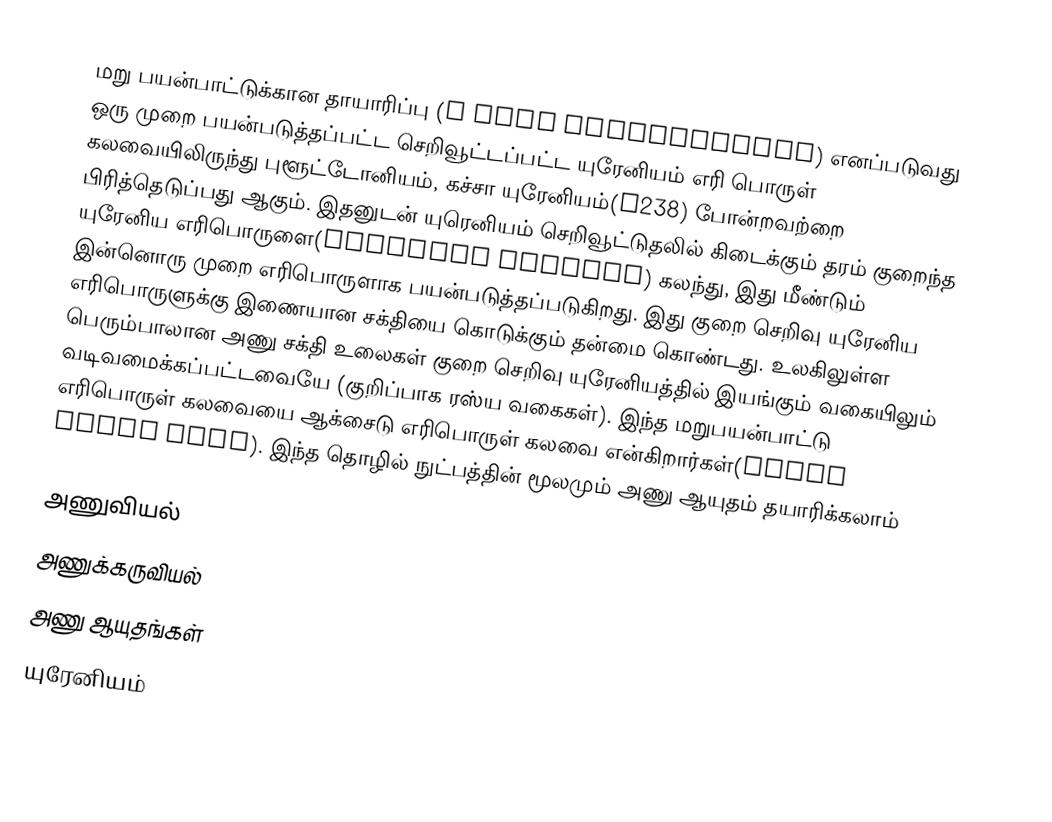
மறு பயன்பாட்டுக்கான தாயாரிப்பு (N Fuel Reprocessing) எனப்படுவது ஒரு முறை பயன்படுத்தப்பட்ட செறிவூட்டப்பட்ட யுரேனியம் எரி பொருள் கலவையிலிருந்து புளூட்டோனியம், கச்சா யுரேனியம்(U238) போன்றவற்றை பிரித்தெடுப்பது ஆகும். இதனுடன் யுரெனியம் செறிவூட்டுதலில் கிடைக்கும் தரம் குறைந்த யுரேனிய எரிபொருளை(Depleted Uranium) கலந்து, இது மீண்டும் இன்னொரு முறை எரிபொருளாக பயன்படுத்தப்படுகிறது. இது குறை செறிவு யுரேனிய எரிபொருளுக்கு இணையான சக்தியை கொடுக்கும் தன்மை கொண்டது. உலகிலுள்ள பெரும்பாலான அணு சக்தி உலைகள் குறை செறிவு யுரேனியத்தில் இயங்கும் வகையிலும் வடிவமைக்கப்பட்டவையே (குறிப்பாக ரஸ்ய வகைகள்). இந்த மறுபயன்பாட்டு எரிபொருள் கலவையை ஆக்சைடு எரிபொருள் கலவை என்கிறார்கள்(Mixed Oxide Fuel). இந்த தொழில் நுட்பத்தின் மூலமும் அணு ஆயுதம் தயாரிக்கலாம்

அணுவியல்
அணுக்கருவியல்
அணு ஆயுதங்கள்
யுரேனியம்